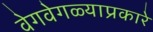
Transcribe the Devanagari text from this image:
वेगवेगळ्याप्रकारे